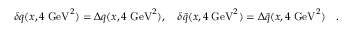
\delta q ( x , 4 \; \mathrm { G e V } ^ { 2 } ) = \Delta q ( x , 4 \; \mathrm { G e V } ^ { 2 } ) , \quad \delta \bar { q } ( x , 4 \; \mathrm { G e V } ^ { 2 } ) = \Delta \bar { q } ( x , 4 \; \mathrm { G e V } ^ { 2 } ) \quad .